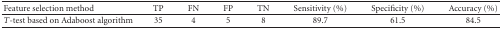
| Feature selection method | TP | FN | FP | TN | Sensitivity (%) | Specificity (%) | Accuracy (%) |
 | --- | --- | --- | --- | --- | --- | --- | --- |
 | T-test based on Adaboost algorithm | 35 | 4 | 5 | 8 | 89.7 | 61.5 | 84.5 |